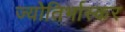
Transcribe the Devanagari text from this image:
ज्योतिर्भास्कर